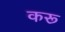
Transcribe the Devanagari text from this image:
करू